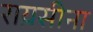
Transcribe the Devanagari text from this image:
राय़सीना